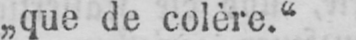
„que de colère.“